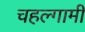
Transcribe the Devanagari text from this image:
चहल्गामी